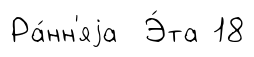
Ра́нн'яjа Э́та 18